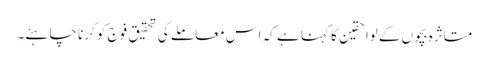
متاثرہ بچوں کے لواحقین کا کہنا ہے کہ اس معاملے کی تحقیق فوج کو کرنا چاہئے۔